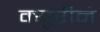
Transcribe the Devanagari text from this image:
क्युरीने